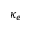
\kappa _ { e }